Punjab Mental Hospital Lahore 1932-46 - 1932-1946
Year: 1932
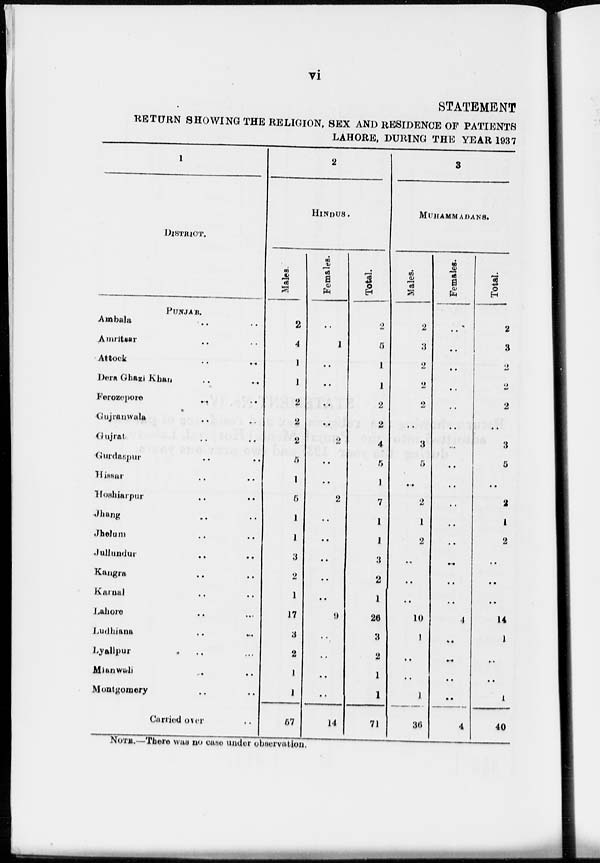
vi
STATEMENT
RETURN SHOWING THE RELIGION, SEX AND RESIDENCE OF PATIENTS
LAHORE, DURING THE YEAR 1937
1
DISTRICT.
PUNJAB.
Ambala .. ..
Amritsar .. ..
Attock .. ..
Dera Ghazi Khan .. ..
Ferozepore .. ..
Gujranwala .. ..
Gujrat .. ..
Gurdaspur .. ..
Hissar .. ..
Hoshiarpur .. ..
Jhang .. ..
Jhelum .. ..
Jullundur .. ..
Kangra .. ..
Karnal .. ..
Lahore .. ..
Ludhiana .. ..
Lyallpur .. ..
Mianwali .. ..
Montgomery .. ..
Carried over ..
2
HINDUS.
Males.
2
4
1
1
2
2
2
5
1
5
1
1
3
2
1
17
3
2
1
1
57
Females.
..
1
..
..
..
..
2
..
..
2
..
..
..
..
..
9
..
..
..
..
14
Total.
2
5
1
1
2
2
4
5
1
7
1
1
3
2
1
26
3
2
1
1
71
3
MUHAMMADANS.
Males.
2
3
2
2
2
..
3
5
..
2
1
2
..
..
..
10
1
..
..
1
36
Females.
..
..
..
..
..
..
...
..
..
..
..
..
..
..
..
4
..
..
..
..
4
Total.
2
3
2
2
2
..
3
5
..
2
1
2
..
..
..
14
1
..
..
1
40
NOTE.—There was no case under observation.